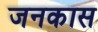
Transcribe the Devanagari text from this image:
जनकास